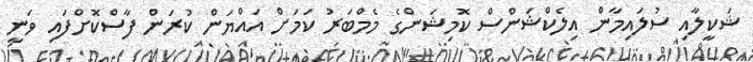
ޝަކީލާއި ސުލައިމާން އިލެކްޝަންސް ކޮމިޝަންގެ މެމްބަރު ކަމަށް އައްޔަން ކުރަން ފާސްކޮށްފައި ވަނީ